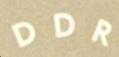
DDR